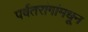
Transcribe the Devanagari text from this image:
पर्वतरांगांमधून